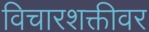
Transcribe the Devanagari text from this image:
विचारशक्तीवर